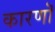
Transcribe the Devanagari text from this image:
कारणॊ